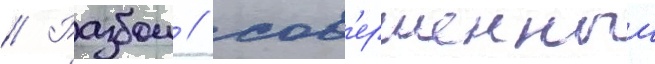
// Разбои / сов'ершенныи